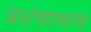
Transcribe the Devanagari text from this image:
प्रशंसाभाव